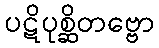
ပဋိပုစ္ဆိတဗ္ဗော